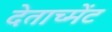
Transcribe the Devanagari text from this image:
देताच्मेंट